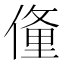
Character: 𬿙